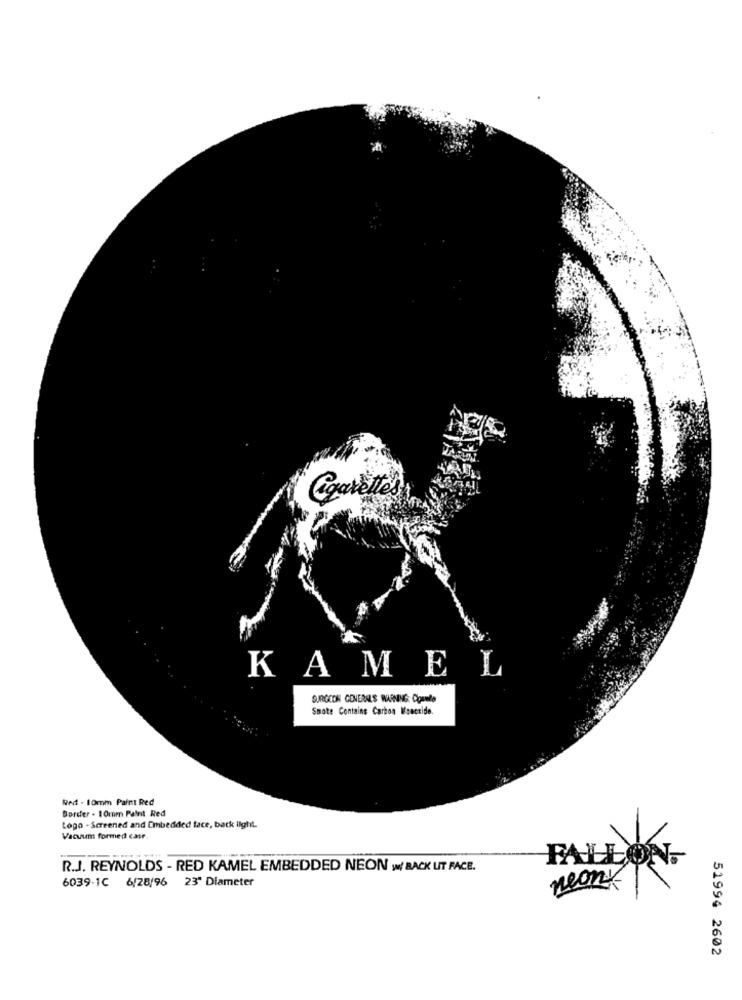
KAMEL
SURGEON GENERAL'S WARNING: ComeLe
Snote Contains Carbon Maecride.
Ned - 10mm Paint Red
Border . 10mm Paint Red
Logo - Screened and Embedded face, back light.
Vacuum formed case.
FALLON.
R.J. REYNOLDS - RED KAMEL EMBEDDED NEON W/ BACK UT RACE.
6039-1C 6/28/96 23" Diameter
neany
51994 2602